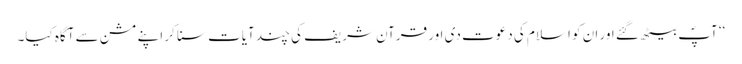
‘‘ آپؐ بیٹھ گئے اور ان کو اسلام کی دعوت دی اور قرآن شریف کی چند آیات سنا کر اپنے مشن سے آگاہ کیا۔